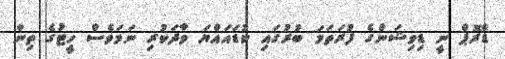
ޑްރޮޕް ނީ ޑިވިޝަންގެ ފުރަތަމަ ބުރުގައި ކުޑައައްޔަ ވާދަކުރި ނަމަވެސް ހީޓުގެ ތިން